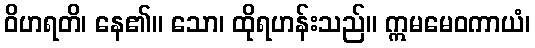
ဝိဟရတိ၊ နေ၏။ သော၊ ထိုရဟန်းသည်။ ဣမမေဝကာယံ၊